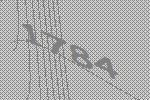
1784